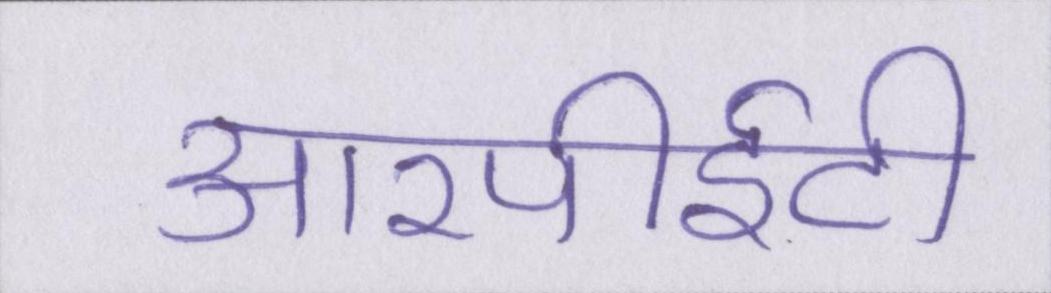
आरपीईटी